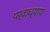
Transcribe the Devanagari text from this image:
पर्वाध्याय